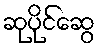
ဆုပိုင်ဆွေ